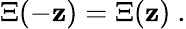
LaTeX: \Xi(-\mathbf{z})=\Xi(\mathbf{z})~.